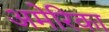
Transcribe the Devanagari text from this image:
अमेेेेरिका